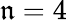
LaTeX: \mathfrak{n}=4